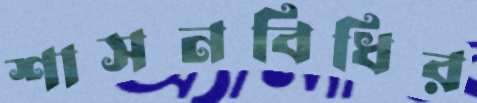
শাসনবিধির